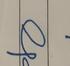
Signature authenticity: genuine